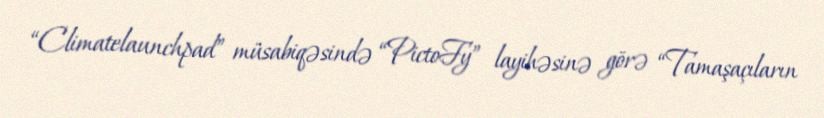
“Climatelaunchpad” müsabiqəsində “PictoFy” layihəsinə görə “Tamaşaçıların